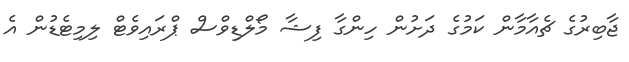
ޖާބިރުގެ ޗެއާމާން ކަމުގެ ދަށުން ހިންގާ ފިޝާ މޯލްޑިވްސް ޕްރައިވެޓް ލިމިޓެޑުން އެ